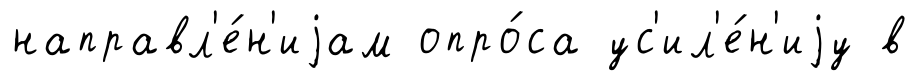
направл'е́н'иjам опро́са ус'ил'е́н'иjу в